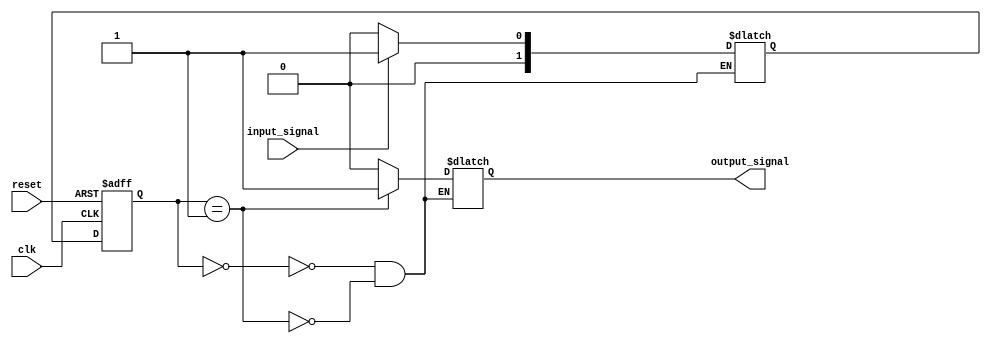
module FSM (
    input wire clk,           // Clock input
    input wire reset,         // Reset input
    input wire input_signal,  // Input signal
    output wire output_signal // Output signal
);

// Define states
parameter STATE_A = 2'b00;
parameter STATE_B = 2'b01;

// Define state registers
reg [1:0] current_state;
reg [1:0] next_state;

// Sequential logic block for state transition
always @ (posedge clk or posedge reset)
begin
    if (reset) begin
        current_state <= STATE_A;
    end else begin
        current_state <= next_state;
    end
end

// Hierarchical state machine logic
always @ (*)
begin
    case (current_state)
        STATE_A: begin
            if (input_signal) begin
                next_state = STATE_B;
            end else begin
                next_state = STATE_A;
            end
        end

        STATE_B: begin
            if (!input_signal) begin
                next_state = STATE_A;
            end else begin
                next_state = STATE_B;
            end
        end
    endcase
end

// Output logic block
always @ (*)
begin
    case (current_state)
        STATE_A: begin
            output_signal = 1'b0;
        end

        STATE_B: begin
            output_signal = 1'b1;
        end
    endcase
end

endmodule